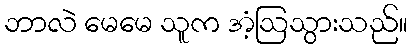
ဘာလဲ မေမေ သူက အံ့ဩသွားသည်။